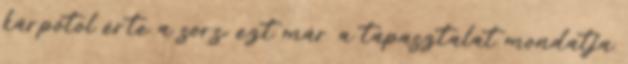
kárpótol érte a sors. ezt már a tapasztalat mondatja